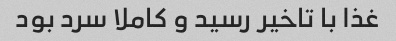
غذا با تاخیر رسید و کاملا سرد بود